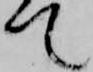
て